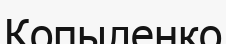
Копыленко